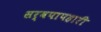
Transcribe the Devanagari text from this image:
सर्वपापहारी